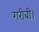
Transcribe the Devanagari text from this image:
गरीबी।